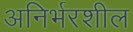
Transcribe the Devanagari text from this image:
अनिर्भरशील